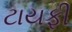
ટાયફી